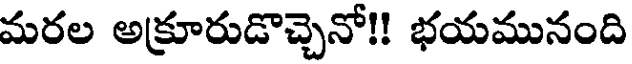
మరల అక్రూరుడొచ్చెనో!! భయమునంది